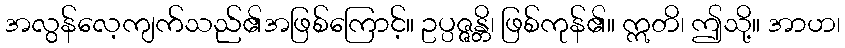
အလွန်လေ့ကျက်သည်၏အဖြစ်ကြောင့်။ ဥပ္ပဇ္ဇန္တိ၊ ဖြစ်ကုန်၏။ ဣတိ၊ ဤသို့။ အာဟ၊